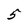
Character: 5